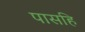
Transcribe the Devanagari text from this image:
पासहि